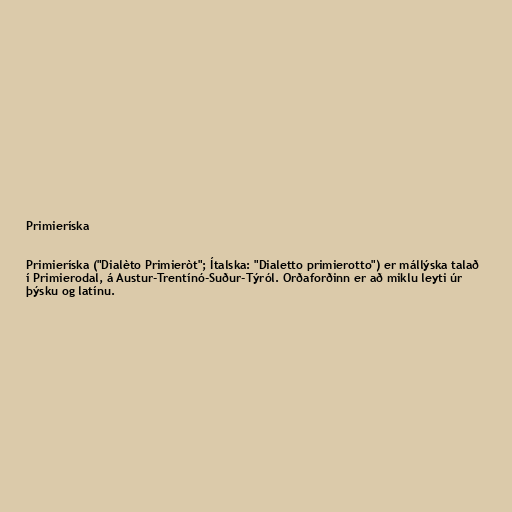
Primieríska

Primieríska ("Dialèto Primieròt"; Ítalska: "Dialetto primierotto") er mállýska talað
í Primierodal, á Austur-Trentínó-Suður-Týról. Orðaforðinn er að miklu leyti úr
þýsku og latínu.